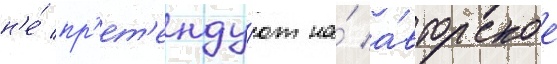
н'е́ пр'ет'енду́ют на́ а́вторское